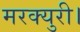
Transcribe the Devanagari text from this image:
मरक्युरी।